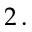
2 \, .